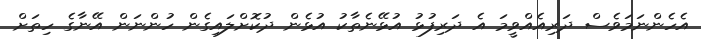
އެހެންނަމަވެސް ދަރިއެއްވީމަ އެ ދަރިފުޅު އުޅޭނެތާކު އުޅެން ދުކޮށްލައިގެން ހުންނަން އޭނާގެ ހިތަށް